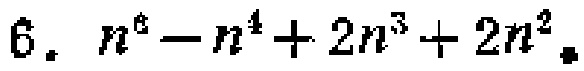
$6.\ n^{6}-n^{4}+2n^{3}+2n^{2}.$